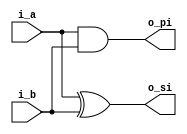
`timescale 1ns / 1ps
module half_adder(
i_a, 
i_b, 
o_si, 
o_pi
);

input i_a, i_b;
output o_si, o_pi;


assign o_si = i_a ^ i_b;
assign o_pi = i_a & i_b;


endmodule